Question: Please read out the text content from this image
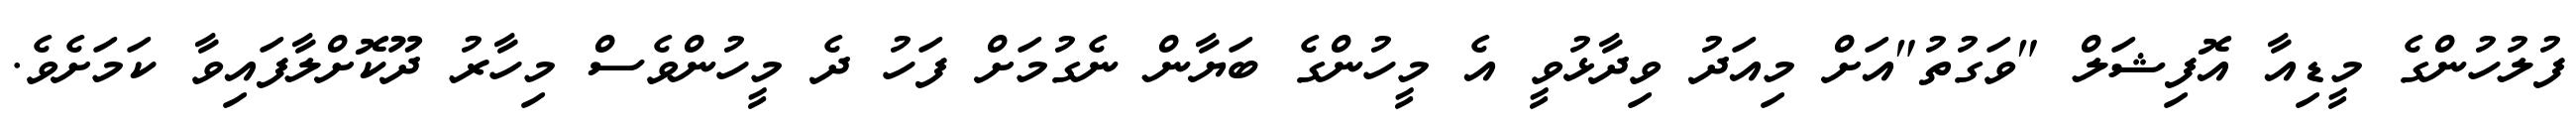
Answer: ފުލުހުންގެ މީޑިއާ އޮފިޝަލް "ވަގުތު"އަށް މިއަދު ވިދާޅުވީ އެ މީހުންގެ ބަޔާން ނެގުމަށް ފަހު ދެ މީހުންވެސް މިހާރު ދޫކޮށްލާފައިވާ ކަމަށެވެ.